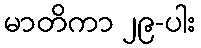
မာတိကာ ၂၉-ပါး